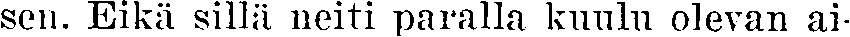
sen. Eikä sillä neiti paralla kuulu olevan ai-